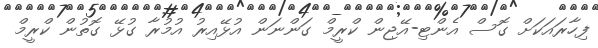
ފިހާރައަކަށް ގޮސް އެންޓި-އޭޖިން ކްރީމް ގަންނަން އުޅޭއިރު އުމުރާ ގުޅޭ ގޮތުން ކްރީމް